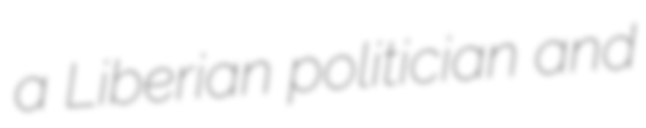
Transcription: a Liberian politician and